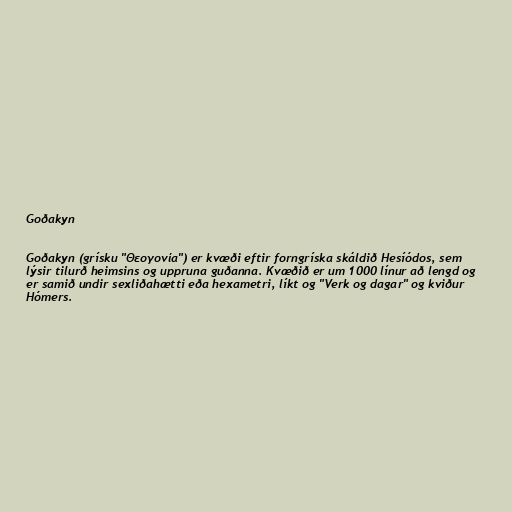
Goðakyn

Goðakyn (grísku "Θεογονία") er kvæði eftir forngríska skáldið Hesíódos, sem
lýsir tilurð heimsins og uppruna guðanna. Kvæðið er um 1000 línur að lengd og
er samið undir sexliðahætti eða hexametri, líkt og "Verk og dagar" og kviður
Hómers.